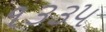
૧૩૩૫